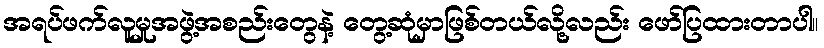
အရပ်ဖက်လူမှုအဖွဲ့အစည်းတွေနဲ့ တွေ့ဆုံမှာဖြစ်တယ်လို့လည်း ဖော်ပြထားတာပါ။